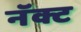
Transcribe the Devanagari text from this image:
नॅक्ट